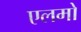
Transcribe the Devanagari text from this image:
एलमो